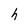
Character: h